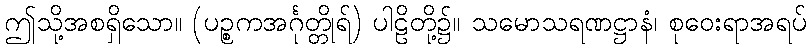
ဤသို့အစရှိသော။ (ပဉ္စကအင်္ဂုတ္တိုရ်) ပါဠိတို့၌။ သမောသရဏဋ္ဌာနံ၊ စုဝေးရာအရပ်